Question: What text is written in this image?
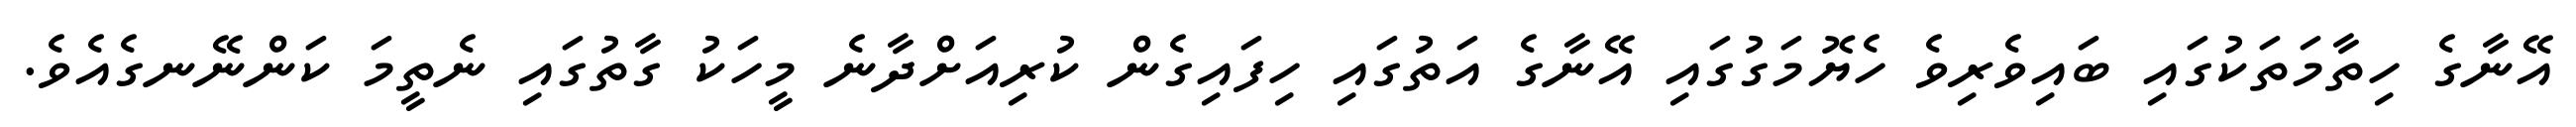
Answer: އޭނާގެ ހިތާމަތަކުގައި ބައިވެރިވެ ހެޔޮމަގުގައި އޭނާގެ އަތުގައި ހިފައިގެން ކުރިއަށްދާނެ މީހަކު ގާތުގައި ނެތީމަ ކަންނޭނގެއެވެ.